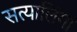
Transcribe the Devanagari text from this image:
सत्यालिंगा